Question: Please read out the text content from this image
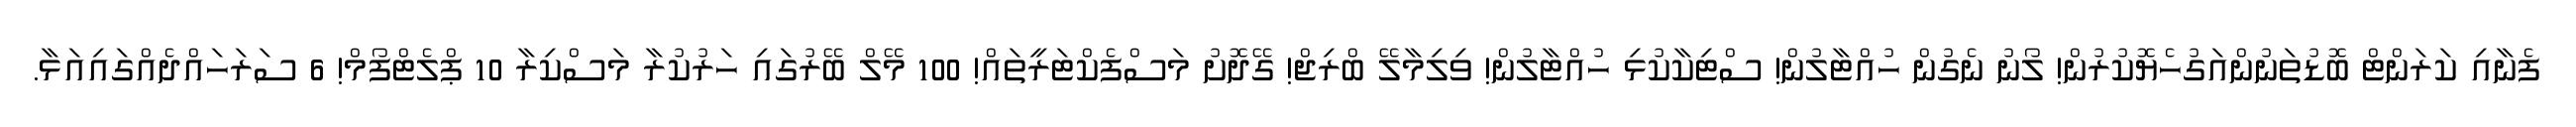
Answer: ފެނާއި ކަރަންޓް ބޮޑުތަނުންއަގުހެޔޮކުރުން! ލޯނު ނެގުން ހުއްޓާލުން! ސްޓިކާކުޅި ހުއްޓާލުން! ވިލިމާލޭ ބްރިޖް! ގޭދޮށު މަސްފެކްޓަރީތައް! 100 މޭލް ބޭރުގައި ހަރުކުރާ މަސްކިރާ 10 ޕްލެޓްފޯމް! 6 ސަރަހައްދެއްގައިއަޅާ.